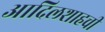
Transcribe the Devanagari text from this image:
आदिलशाहची